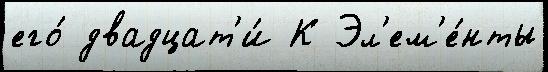
его́ двадцат'и́ К Эл'ем'е́нты